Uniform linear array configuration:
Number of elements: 4
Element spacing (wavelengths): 1
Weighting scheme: uniform
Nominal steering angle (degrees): -15
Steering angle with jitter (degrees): -16.65
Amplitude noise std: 0.05
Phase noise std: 0.05

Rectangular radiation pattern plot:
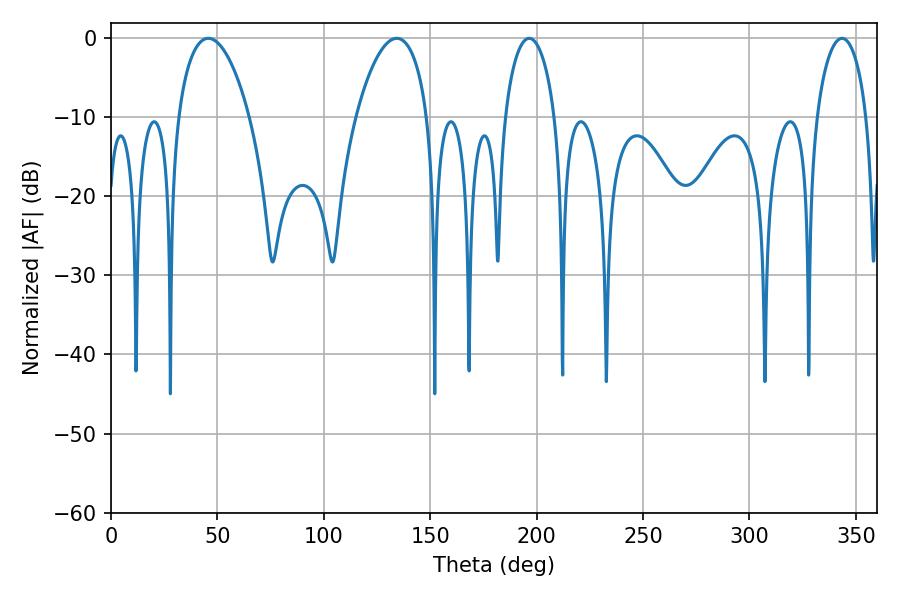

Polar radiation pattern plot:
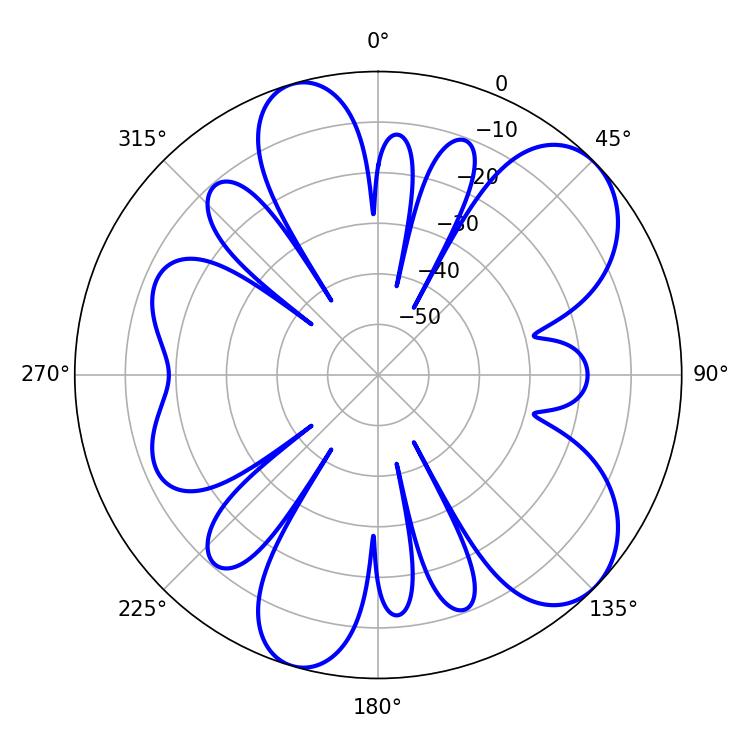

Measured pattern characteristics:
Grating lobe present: TRUE
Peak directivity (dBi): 7.965
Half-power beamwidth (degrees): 18.9
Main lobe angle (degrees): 45.72